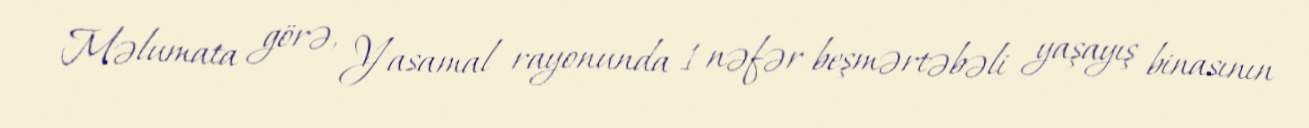
Məlumata görə, Yasamal rayonunda 1 nəfər beşmərtəbəli yaşayış binasının